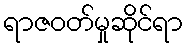
ရာဇဝတ်မှုဆိုင်ရာ